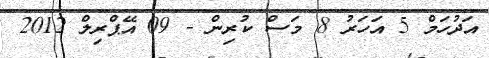
އަދުހަމް 5 އަހަރު 8 މަސް ކުރިން - 09 އޭޕްރިލް 2012